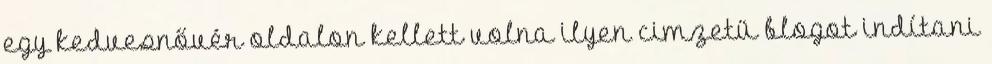
egy kedvesnővér oldalon kellett volna ilyen cimzetü blogot indítani